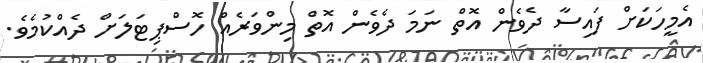
އެމީހަކަށް ފައިސާ ދެވެން އޮތް ނަމަ ދެވެން އޮތް މިންވަރެއް ހޮސްޕިޓަލަށް ދެއްކުމެވެ.